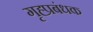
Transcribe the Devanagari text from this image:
गृह्प्रबंधक